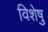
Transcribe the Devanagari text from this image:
विशेषु